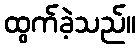
ထွက်ခဲ့သည်။